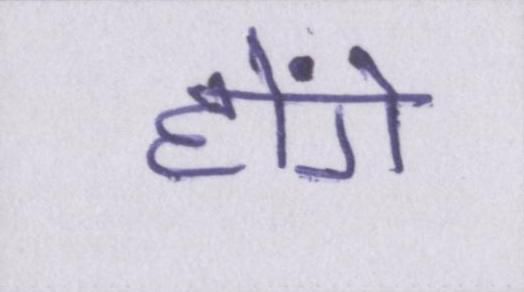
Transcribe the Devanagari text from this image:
होंगे